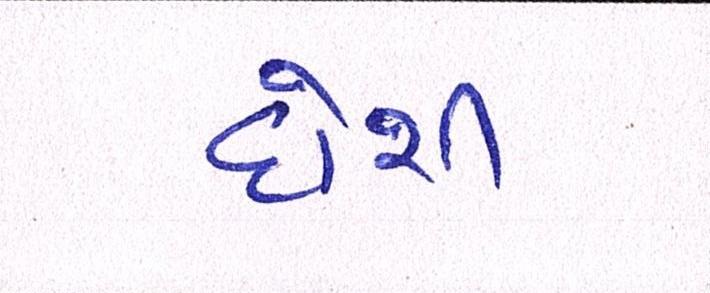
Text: દોશી